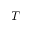
T